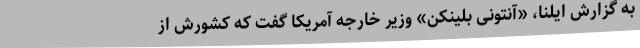
به گزارش ایلنا، «آنتونی بلینکن» وزیر خارجه آمریکا گفت که کشورش از